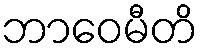
ဘာဝေမီတိ